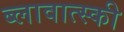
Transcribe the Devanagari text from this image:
ब्लावात्स्की